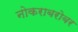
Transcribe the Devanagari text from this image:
नोकराबरोबर